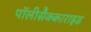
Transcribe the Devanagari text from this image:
पॉलीसैक्काराइड